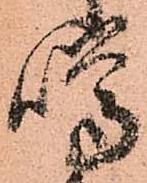
噂